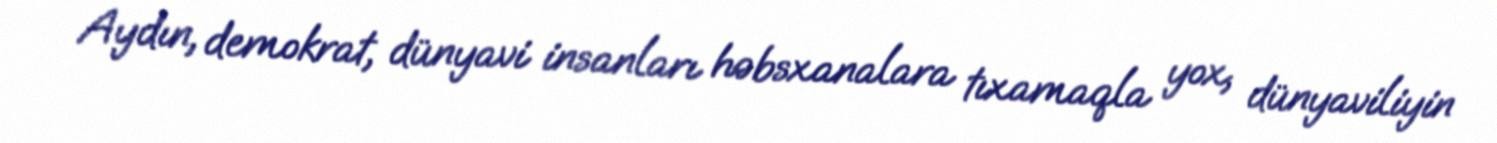
Aydın, demokrat, dünyavi insanları həbsxanalara tıxamaqla yox, dünyaviliyin